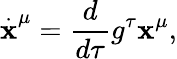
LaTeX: \stackrel{.}{\mathbf{x}}^{\mu}=\frac{{d}}{{d\tau}}g^{\tau}\mathbf{x}^{\mu},